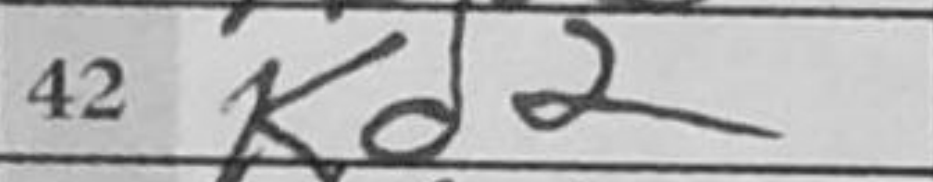
Transcription: Kd2